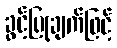
ခွင့်ပြုချက်ဖြင့်